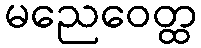
မညေဝေတ္ထ